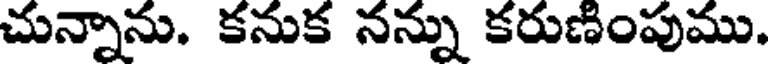
చున్నాను. కనుక నన్ను కరుణింపుము.